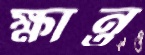
ক্ষান্ত